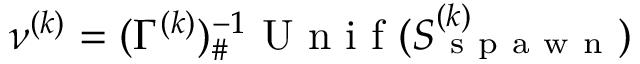
\nu ^ { ( k ) } = ( \Gamma ^ { ( k ) } ) _ { \# } ^ { - 1 } \mathrm { ~ U ~ n ~ i ~ f ~ } ( S _ { \mathrm { ~ s ~ p ~ a ~ w ~ n ~ } } ^ { ( k ) } )